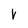
Character: V